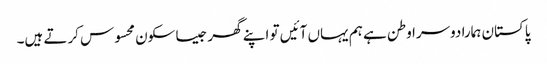
پاکستان ہمارا دوسرا وطن ہے ہم یہاں آئیں تو اپنے گھر جیسا سکون محسوس کرتے ہیں۔